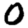
Digit: 0